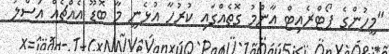
"މީހުންގެ ޕޯޓްރެއިޓް އާންމު ގޮތެއްގައި ކުރުހާ އުޅެނީ މާ ބޮޑޫ އެއްޗެއް އަސްލު